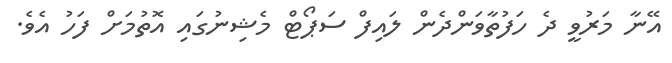
އޭނާ މަރުވީ ދެ ހަފުތާވަންދެން ލައިފް ސަޕޯޓް މެޝިނުގައި އޮތުމަށް ފަހު އެވެ.